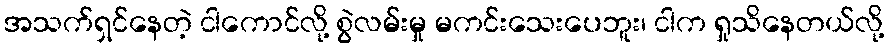
အသက်ရှင်နေတဲ့ ငါကောင်လို့ စွဲလမ်းမှု မကင်းသေးပေဘူး၊ ငါက ရှုသိနေတယ်လို့